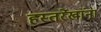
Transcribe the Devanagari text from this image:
हस्तरेखांना